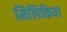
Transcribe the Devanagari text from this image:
मिलिकिया